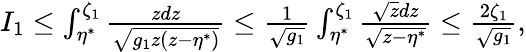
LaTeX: \begin{array}{r}{I_{1}\leq\int_{\eta^{*}}^{\zeta_{1}}\frac{zdz}{\sqrt{{g}_{1}z(z-\eta^{*})}}\leq\frac{1}{\sqrt{{g}_{1}}}\int_{\eta^{*}}^{\zeta_{1}}\frac{\sqrt{z}dz}{\sqrt{z-\eta^{*}}}\leq\frac{2\zeta_{1}}{\sqrt{{g}_{1}}},}\end{array}